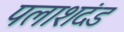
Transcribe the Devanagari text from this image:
पलाशदंड